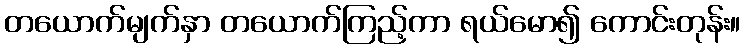
တယောက်မျက်နှာ တယောက်ကြည့်ကာ ရယ်မော၍ ကောင်းတုန်း။